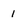
Character: 1